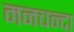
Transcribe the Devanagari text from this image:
मनचन्दा